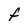
Character: F